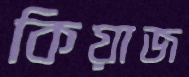
কিয়াজ